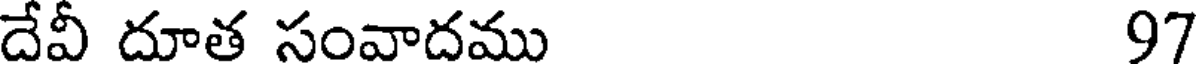
దేవీ దూత సంవాదము 97